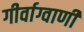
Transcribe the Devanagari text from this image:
गीर्वाग्वाणी